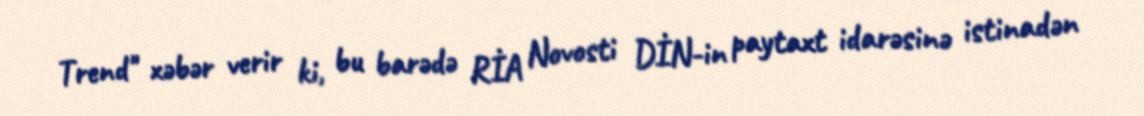
Trend" xəbər verir ki, bu barədə RİA Novosti DİN-in paytaxt idarəsinə istinadən